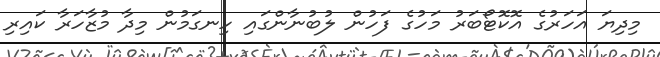
މިދިޔަ އަހަރުގެ އޮކޮޓޯބަރު މަހުގެ ފަހުން ލުބުނާންގައި ހިނގަމުން މިދާ މުޒާހަރާ ކައިރި